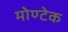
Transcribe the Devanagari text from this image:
मोण्टेक